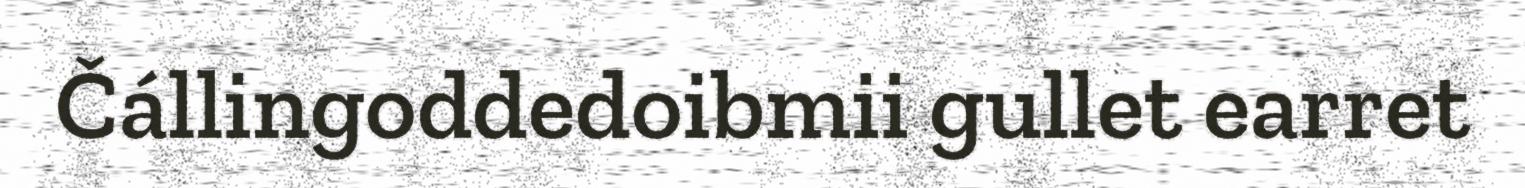
Čállingoddedoibmii gullet earret